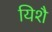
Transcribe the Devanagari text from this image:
यिशै